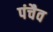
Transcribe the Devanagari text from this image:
पंचैव